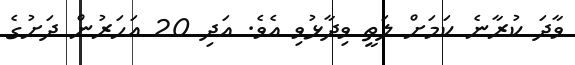
ވާދަ ކުރާނެ ކަމަށް ލަތީ ވިދާޅުވި އެވެ. އަދި 20 އަހަރުން ދަށުގެ